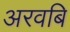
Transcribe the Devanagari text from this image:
अरवबि